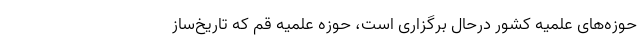
حوزه‌های علمیه کشور درحال برگزاری است، حوزه علمیه قم که تاریخ‌ساز